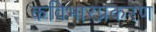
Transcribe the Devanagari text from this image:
कविभारप्रकरण